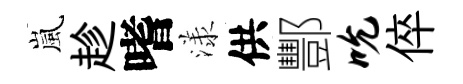
嵐趁嗜漾供酆吮倅